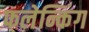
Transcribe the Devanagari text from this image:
फलेन्किंग